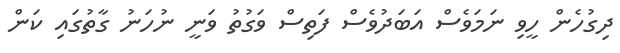
ދިގުހެން ހީވި ނަމަވެސް އަބަދުވެސް ފަތިސް ވަގުތު ވަނީ ނުހަނު ގާތުގައި ކަން